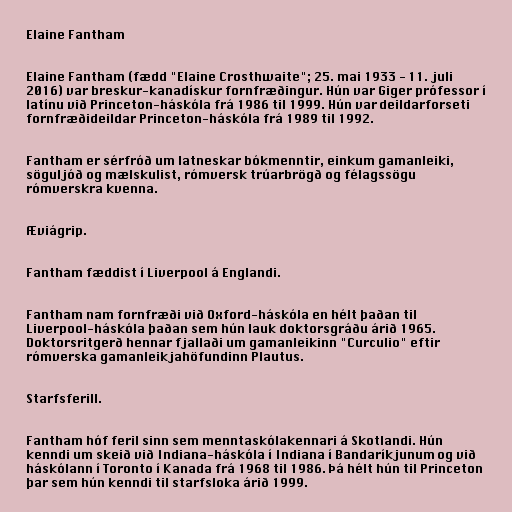
Elaine Fantham

Elaine Fantham (fædd "Elaine Crosthwaite"; 25. mai 1933 - 11. juli
2016) var breskur-kanadískur fornfræðingur. Hún var Giger prófessor í
latínu við Princeton-háskóla frá 1986 til 1999. Hún var deildarforseti
fornfræðideildar Princeton-háskóla frá 1989 til 1992.

Fantham er sérfróð um latneskar bókmenntir, einkum gamanleiki,
söguljóð og mælskulist, rómversk trúarbrögð og félagssögu
rómverskra kvenna.

Æviágrip.

Fantham fæddist í Liverpool á Englandi.

Fantham nam fornfræði við Oxford-háskóla en hélt þaðan til
Liverpool-háskóla þaðan sem hún lauk doktorsgráðu árið 1965.
Doktorsritgerð hennar fjallaði um gamanleikinn "Curculio" eftir
rómverska gamanleikjahöfundinn Plautus.

Starfsferill.

Fantham hóf feril sinn sem menntaskólakennari á Skotlandi. Hún
kenndi um skeið við Indiana-háskóla í Indiana í Bandaríkjunum og við
háskólann í Toronto í Kanada frá 1968 til 1986. Þá hélt hún til Princeton
þar sem hún kenndi til starfsloka árið 1999.